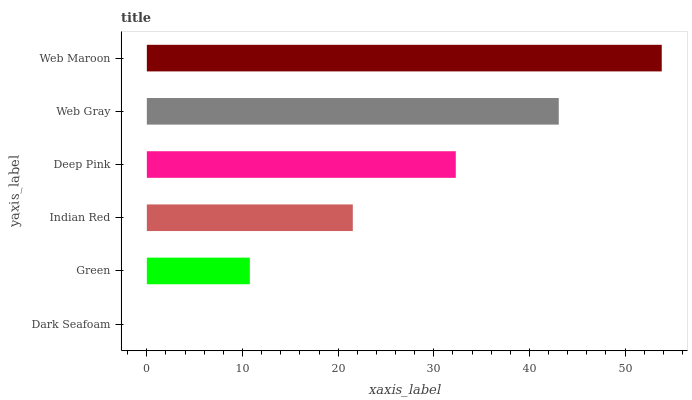
| yaxis_label | bars |
 | --- | --- |
 | Dark Seafoam | 0 |
 | Green | 10.8 |
 | Indian Red | 21.5 |
 | Deep Pink | 32.3 |
 | Web Gray | 43.1 |
 | Web Maroon | 53.8 |